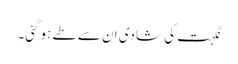
نگہت کی شادی ان سے طے ہوگئی۔